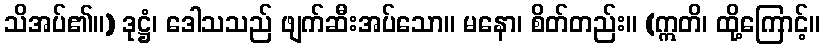
သိအပ်၏။) ဒုဋ္ဌံ၊ ဒေါသသည် ဖျက်ဆီးအပ်သော။ မနော၊ စိတ်တည်း။ (ဣတိ၊ ထို့ကြောင့်။